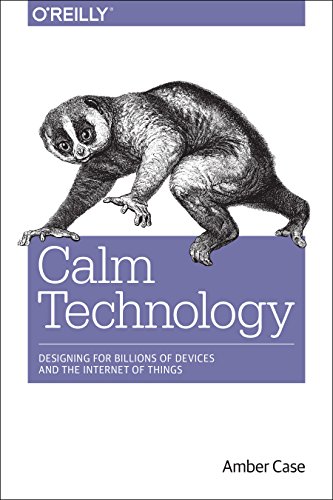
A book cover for Calm Technology: Designing for Billions of Devices and the Internet of Things; Amber Case; Arts & Photography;